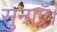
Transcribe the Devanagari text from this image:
सुनाएँ।